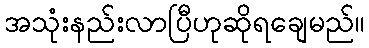
အသုံးနည်းလာပြီဟုဆိုရချေမည်။